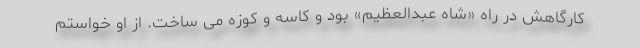
کارگاهش در راه «شاه عبدالعظیم» بود و کاسه و کوزه می ساخت. از او خواستم